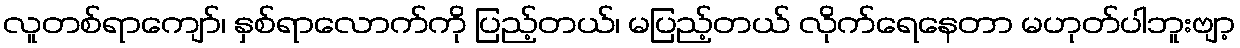
လူတစ်ရာကျော်၊ နှစ်ရာလောက်ကို ပြည့်တယ်၊ မပြည့်တယ် လိုက်ရေနေတာ မဟုတ်ပါဘူးဗျာ့